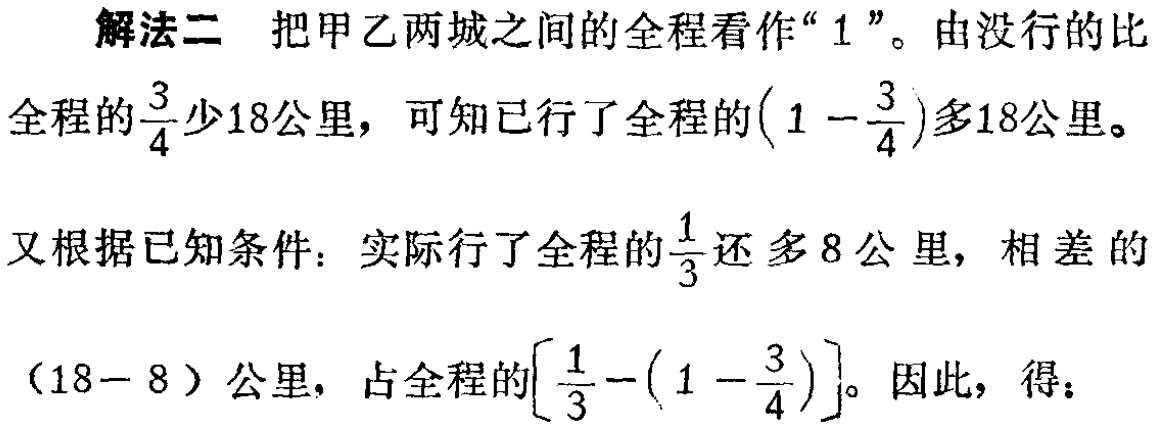
解法二 把甲乙两城之间的全程看作“$1$”。由没行的比

全程的$\frac{3}{4}$少18公里，可知已行了全程的$(1 - \frac{3}{4})$多18公里。

又根据已知条件：实际行了全程的$\frac{1}{3}$还 多 8 公里，相差 的

$(18 - 8)$公里，占全程的$[\frac{1}{3}-(1 - \frac{3}{4})]$。因此，得：